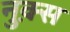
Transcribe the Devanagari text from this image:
नुक़्स